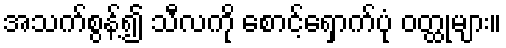
အသက်စွန့်၍ သီလကို စောင့်ရှောက်ပုံ ဝတ္ထုများ။